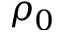
\rho _ { 0 }